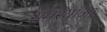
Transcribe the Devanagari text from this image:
समस्याआं